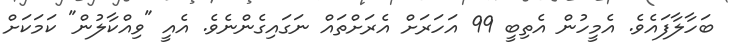
ބަހާލާފައެވެ. އެމީހުން އެތިބީ 99 އަހަރަށް އެރަށްތައް ނަގައިގެންނެވެ. އެއީ "ވިއްކާލުން" ކަމަކަށް